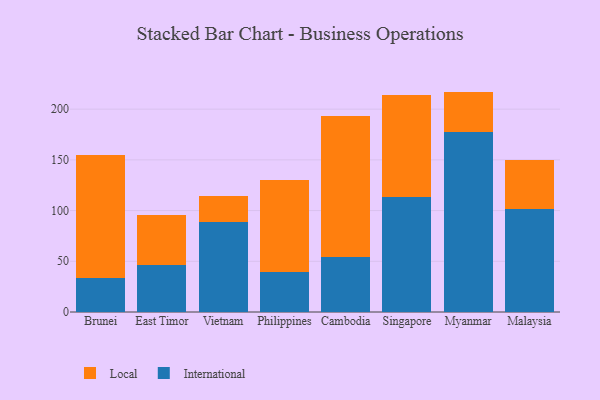
{"axis": {"x": "Country", "y": "Waste Production (Tons)"}, "legend": ["International", "Local"], "data": [{"x": "Brunei", "y": 33.5, "type": "International"}, {"x": "Brunei", "y": 120.9, "type": "Local"}, {"x": "East Timor", "y": 46.1, "type": "International"}, {"x": "East Timor", "y": 49.5, "type": "Local"}, {"x": "Vietnam", "y": 88.6, "type": "International"}, {"x": "Vietnam", "y": 25.8, "type": "Local"}, {"x": "Philippines", "y": 39.6, "type": "International"}, {"x": "Philippines", "y": 90.7, "type": "Local"}, {"x": "Cambodia", "y": 53.8, "type": "International"}, {"x": "Cambodia", "y": 139.4, "type": "Local"}, {"x": "Singapore", "y": 113.7, "type": "International"}, {"x": "Singapore", "y": 99.9, "type": "Local"}, {"x": "Myanmar", "y": 177.2, "type": "International"}, {"x": "Myanmar", "y": 40.1, "type": "Local"}, {"x": "Malaysia", "y": 101.6, "type": "International"}, {"x": "Malaysia", "y": 48.2, "type": "Local"}]}